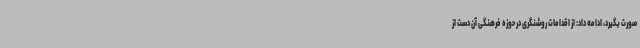
صورت بگیرد، ادامه داد: از اقدامات روشنگری در حوزه فرهنگی آن دست از